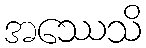
အဿေသိ